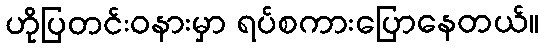
ဟိုပြတင်းဝနားမှာ ရပ်စကားပြောနေတယ်။